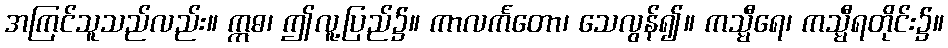
အကြင်သူသည်လည်း။ ဣဓ၊ ဤလူ့ပြည်၌။ ကာလင်္ကတော၊ သေလွန်၍။ ကသ္မီရေ၊ ကသ္မီရတိုင်း၌။